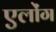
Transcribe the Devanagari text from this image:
एलोंग